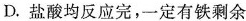
D.盐酸均反应完，一定有铁剩余